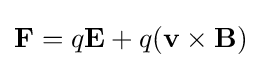
\mathbf {F} =q\mathbf {E} +q(\mathbf {v} \times \mathbf {B} )